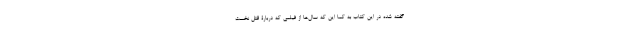
گفته شده در این کتاب به کما این که سال‌ها از فیلمی که دربارۀ قتل نخست